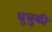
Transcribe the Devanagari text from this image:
धुधुकी